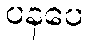
ပနပေ